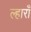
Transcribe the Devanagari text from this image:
ल्हाराँ